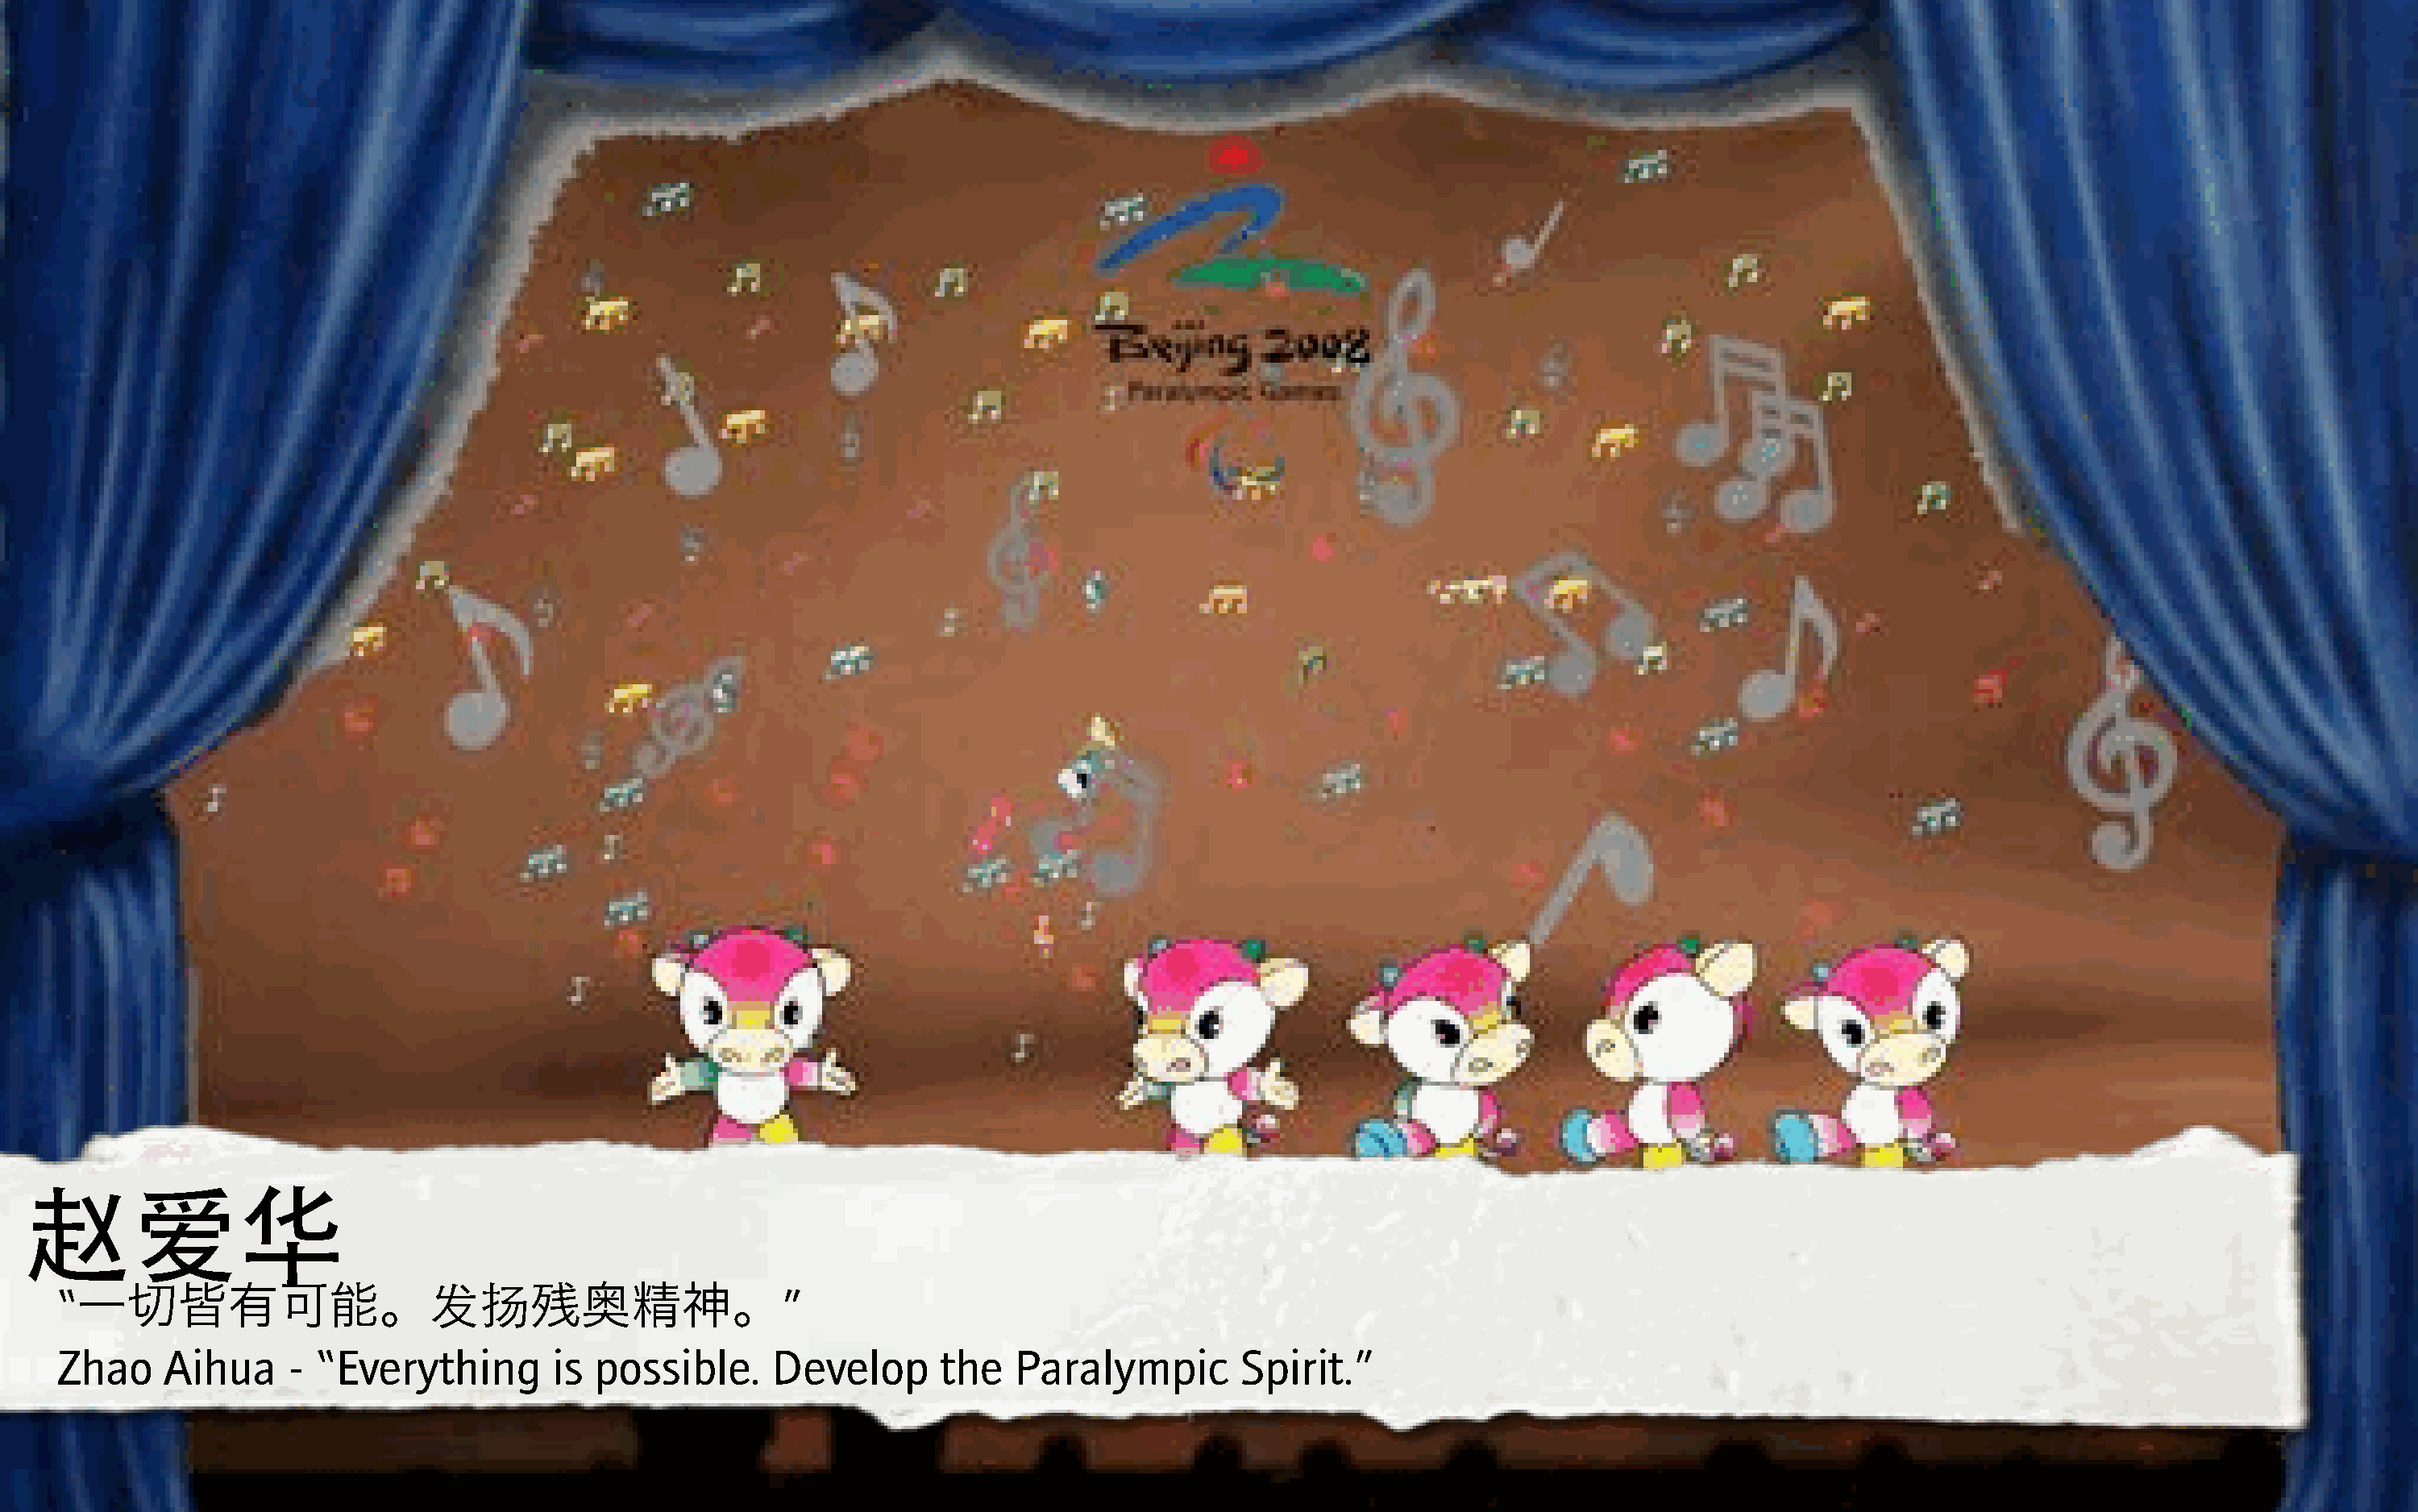
567
 “                             PQ                           ”
 一切皆有可能。                               残奥精神。
 Zhao    Aihua      - “Everything        is  possible.     Develop       the   Paralympic         Spirit.”